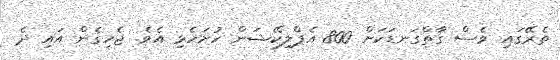
ތެރޭގައި ވެސް ގާތްގަނޑަކަށް 800 އެޕްލިކޭޝަން ހުށަހެޅި އެވެ. ޖެހިގެން އައި ދެ